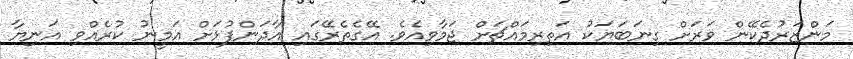
މަންޒަރުދެކޭން ވަރަށް ގިނަބަޔަކު އަތިރިމައްޗަށް ޖަމާވިއެވެ. އޭގެތެރޭގައި އާދަންފުޅަށް އަމީނު ކުރެއްވި އަނިޔާ